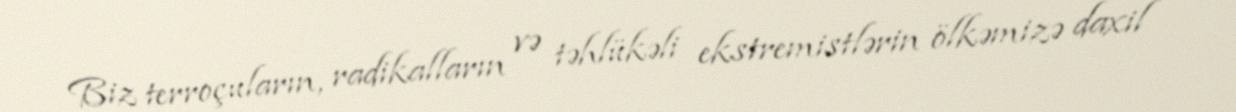
Biz terroçuların, radikalların və təhlükəli ekstremistlərin ölkəmizə daxil